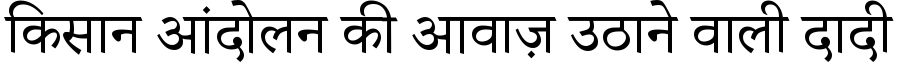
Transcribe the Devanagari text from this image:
किसान आंदोलन की आवाज़ उठाने वाली दादी